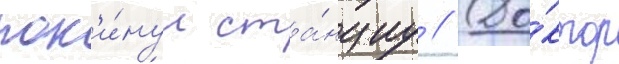
пок'и́нул ста́нциу // До́ктор